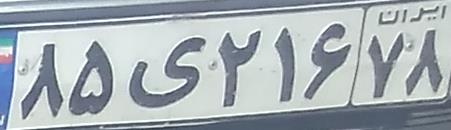
۸۵ی۲۱۶۷۸